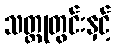
သတ္တုတွင်းနှင့်